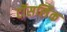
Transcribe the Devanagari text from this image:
टॉसलिंक